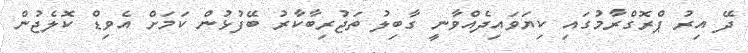
ދޭ އިރު ޕްރޮގްރާމުގައި ކިޔަވައިދެއްވާނީ ގާބިލު ތަޖުރިބާކާރު ބޭފުޅުން ކަމަށް އެވިޑް ކޮލެޖުން